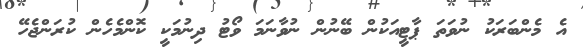
އެ މެންބަރަކު ނުވަތަ ޕާޓީއަކުން ބޭނުން ނުވާނަމަ ވޯޓު ދިނުމަކީ ކޮންމެހެން ކުރަންޖެހޭ